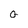
Character: G